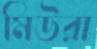
মিউরা